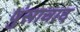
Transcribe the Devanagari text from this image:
पुंसावाद